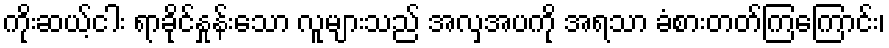
ကိုးဆယ့်ငါး ရာခိုင်နှုန်းသော လူများသည် အလှအပကို အရသာ ခံစားတတ်ကြကြောင်း၊